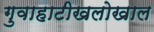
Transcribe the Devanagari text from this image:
गुवाहाटीखलोखाल